Source: Handwritten
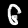
Digit: ၆ (6)